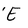
Character: E